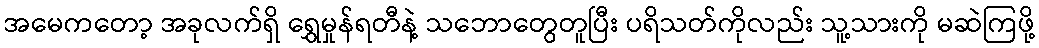
အမေကတော့ အခုလက်ရှိ ရွှေမှုန်ရတီနဲ့ သဘောတွေတူပြီး ပရိသတ်ကိုလည်း သူ့သားကို မဆဲကြဖို့